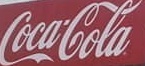
CocaCola